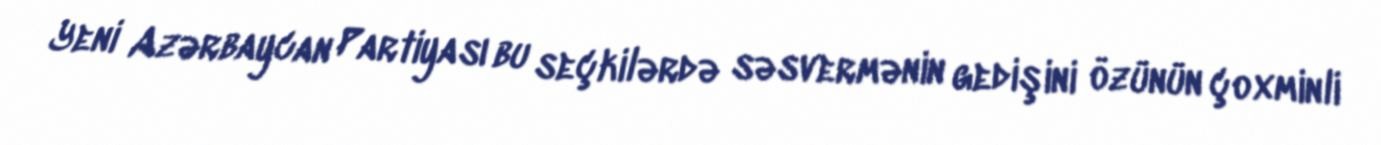
Yeni Azərbaycan Partiyası bu seçkilərdə səsvermənin gedişini özünün çoxminli